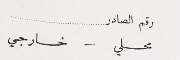
رقم الصادر محلي - خارجي